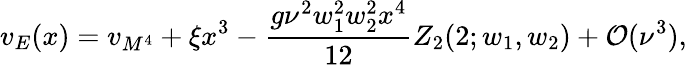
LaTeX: v_{E}(x)=v_{M^{4}}+\xi x^{3}-\frac{g\nu^{2}w_{1}^{2}w_{2}^{2}x^{4}}{12}Z_{2}(2;w_{1},w_{2})+{\cal O}(\nu^{3}),